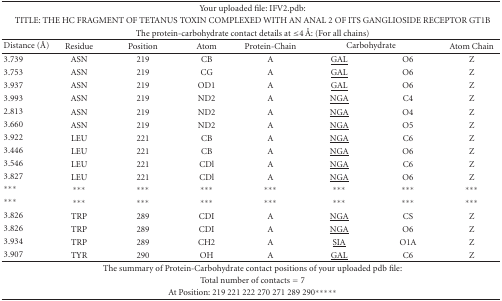
| <COLSPAN=8> Your uploaded file: IFV2.pdb: |
 | <COLSPAN=8> TITLE: THE HC FRAGMENT OF TETANUS TOXIN COMPLEXED WITH AN ANAL 2 OF ITS GANGLIOSIDE RECEPTOR GT1B |
 | <COLSPAN=8> The protein-carbohydrate contact details at ≤4 Å: (For all chains) |
 | Distance (Å) | Residue | Position | Atom | Protein-Chain | <COLSPAN=2> Carbohydrate | Atom Chain |
 | --- | --- | --- | --- | --- | --- | --- | --- |
 | 3.739 | ASN | 219 | CB | A | <underline>GAL</underline> | O6 | Z |
 | 3.753 | ASN | 219 | CG | A | <underline>GAL</underline> | O6 | Z |
 | 3.937 | ASN | 219 | OD1 | A | <underline>GAL</underline> | O6 | Z |
 | 3.993 | ASN | 219 | ND2 | A | <underline>NGA</underline> | C4 | Z |
 | 2.813 | ASN | 219 | ND2 | A | <underline>NGA</underline> | O4 | Z |
 | 3.660 | ASN | 219 | ND2 | A | <underline>NGA</underline> | O5 | Z |
 | 3.922 | LEU | 221 | CB | A | <underline>NGA</underline> | C6 | Z |
 | 3.446 | LEU | 221 | CB | A | <underline>NGA</underline> | O6 | Z |
 | 3.546 | LEU | 221 | CDl | A | <underline>NGA</underline> | C6 | Z |
 | 3.827 | LEU | 221 | CDl | A | <underline>NGA</underline> | O6 | Z |
 | *** | *** | *** | *** | *** | *** | *** | *** |
 | *** | *** | *** | *** | *** | *** | *** | *** |
 | 3.826 | TRP | 289 | CDI | A | <underline>NGA</underline> | CS | Z |
 | 3.826 | TRP | 289 | CDI | A | <underline>NGA</underline> | O6 | Z |
 | 3.934 | TRP | 289 | CH2 | A | <underline>SIA</underline> | O1A | Z |
 | 3.907 | TYR | 290 | OH | A | <underline>GAL</underline> | C6 | Z |
 | <COLSPAN=8> The summary of Protein-Carbohydrate contact positions of your uploaded pdb file: |
 | <COLSPAN=8> Total number of contacts = 7 |
 | <COLSPAN=8> At Position: 219 221 222 270 271 289 290***** |